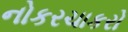
નોકરચાકરો